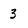
Character: 3